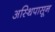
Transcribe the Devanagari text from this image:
अस्थिपासून